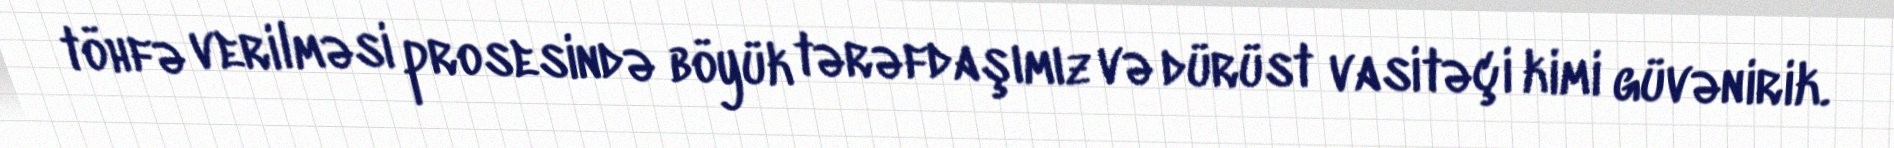
töhfə verilməsi prosesində böyük tərəfdaşımız və dürüst vasitəçi kimi güvənirik.